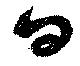
日